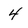
Character: 4